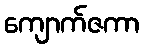
ကျောက်ဇကာ